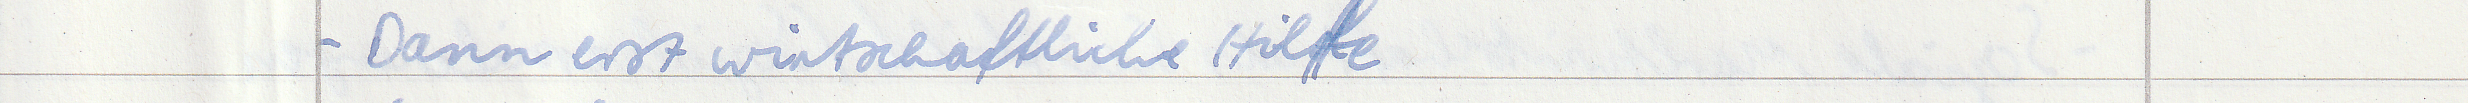
- Dann erst wirtschaftliche Hilfe